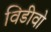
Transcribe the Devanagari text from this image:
विडीवो